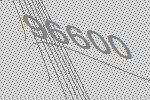
96600